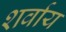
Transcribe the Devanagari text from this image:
शर्वाय